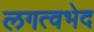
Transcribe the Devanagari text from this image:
लगत्वभेद